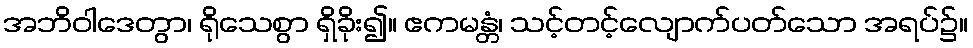
အဘိဝါဒေတွာ၊ ရိုသေစွာ ရှိခိုး၍။ ဧကမန္တံ၊ သင့်တင့်လျောက်ပတ်သော အရပ်၌။